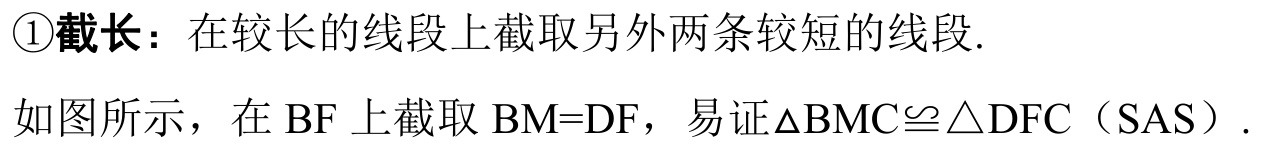
\textcircled{1}**截长**：在较长的线段上截取另外两条较短的线段.
如图所示，在 \(BF\) 上截取 \(BM = DF\)，易证\(\triangle BMC\cong\triangle DFC\)（SAS）.